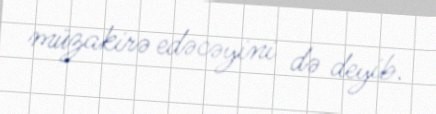
müzakirə edəcəyini də deyib.